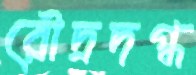
রৌদ্রদগ্ধ